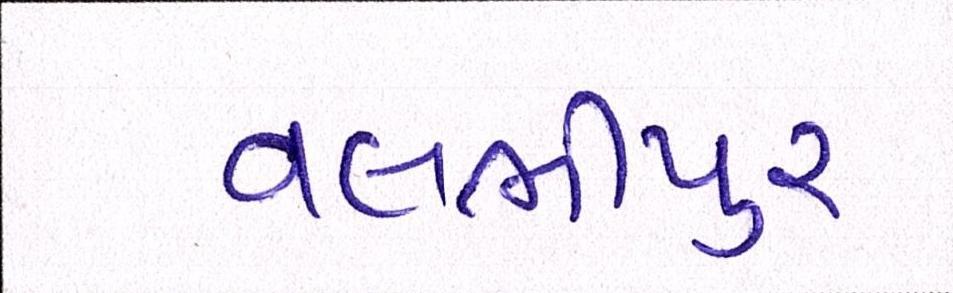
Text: વલભીપુર